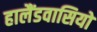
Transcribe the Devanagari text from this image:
हालैंडवासियों